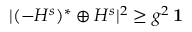
| ( - H ^ { s } ) ^ { * } \oplus H ^ { s } | ^ { 2 } \geq g ^ { 2 } \, { \bf 1 }